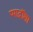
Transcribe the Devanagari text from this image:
प्पाद़ॉशा